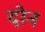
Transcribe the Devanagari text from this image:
दोेन